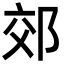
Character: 郊